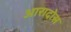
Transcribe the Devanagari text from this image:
आरादोस